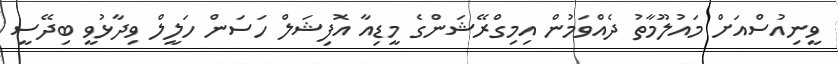
ވީނިއުސްއަށް މައުލޫމާތު ދެއްވަމުން އިމިގްރޭޝަންގެ މީޑިއާ އޮފިޝަލް ހަސަން ހަލީލް ވިދާޅުވީ ބިދޭސީ